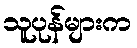
သူပုန်များက